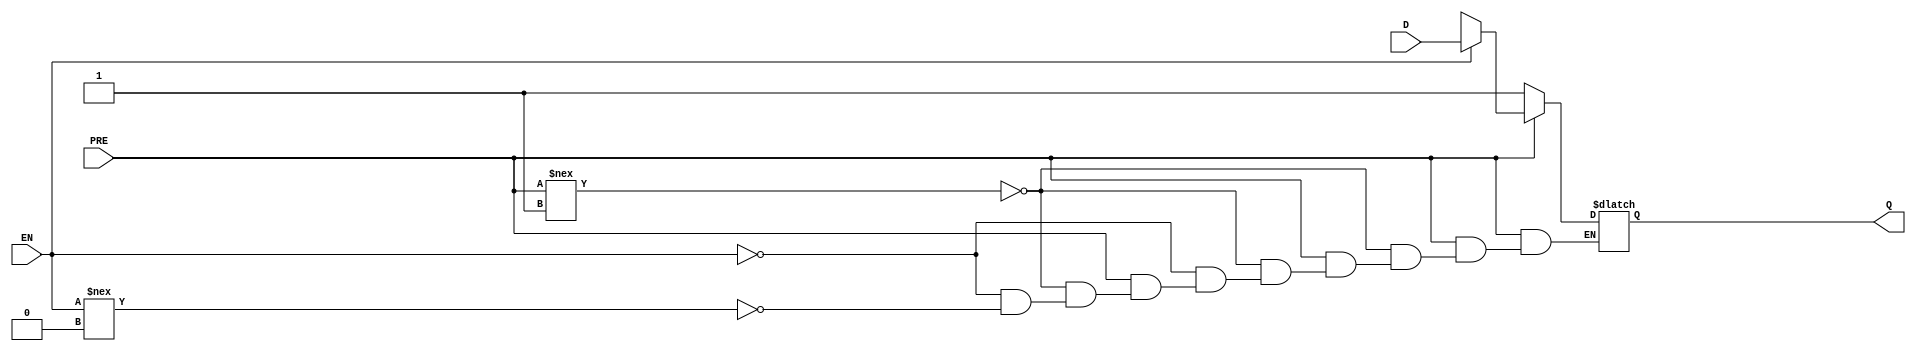
module stdlatch_p(D,EN,PRE,Q);
  parameter
        d_D_r = 0,
        d_D_f = 0,
        d_EN_r = 0,
        d_EN_f = 0,
        d_PRE_r = 0,
        d_PRE_f = 0,
        d_Q_r = 1,
        d_Q_f = 1;
  input  D;
  input  EN;
  input  PRE;
  output  Q;
  wire  D_temp;
  wire  EN_temp;
  wire  PRE_temp;
  reg  Q_temp;
  assign #(d_D_r,d_D_f) D_temp = D|D;
  assign #(d_EN_r,d_EN_f) EN_temp = EN|EN;
  assign #(d_PRE_r,d_PRE_f) PRE_temp = PRE|PRE;
  assign #(d_Q_r,d_Q_f) Q = Q_temp;
  always
    @(D_temp or EN_temp or PRE_temp)
      begin
      if((PRE_temp == 1'b0))
        Q_temp = 1'b1;
      else      if((PRE_temp !== 1'b1))
        Q_temp = 1'bx;
      else      if((EN_temp == 1'b1))
        Q_temp = D_temp;
      else      if((EN_temp !== 1'b0))
        Q_temp = 1'bx;
      end
  specify
    specparam
      t_hold_D = 0,
      t_setup_D = 0;
    $hold(negedge EN , D , t_hold_D);
    $setup(D , negedge EN , t_setup_D);
  endspecify
endmodule